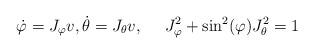
LaTeX: \begin{align*}\dot{\varphi}=J_{\varphi}v,\dot{\theta}=J_{\theta}v,\ \ \ \ J_{\varphi}^{2}+\sin^{2}(\varphi)J_{\theta}^{2}=1 \end{align*}